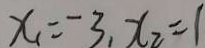
x _ { 1 } = - 3 , x _ { 2 } = 1